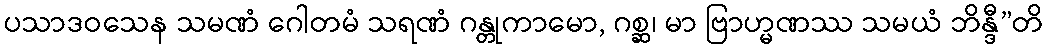
ပသာဒဝသေန သမဏံ ဂေါတမံ သရဏံ ဂန္တုကာမော, ဂစ္ဆ၊ မာ ဗြာဟ္မဏဿ သမယံ ဘိန္ဒီ”တိ